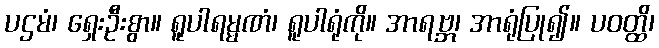
ပဌမံ၊ ရှေးဦးစွာ။ ရူပါရမ္မဏံ၊ ရူပါရုံကို။ အာရဗ္ဘ၊ အာရုံပြု၍။ ပဝတ္ထိ၊